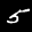
Label: 5